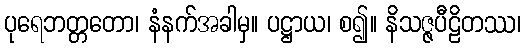
ပုရေဘတ္တတော၊ နံနက်အခါမှ။ ပဋ္ဌာယ၊ စ၍။ နိသဇ္ဇပီဠိတဿ၊